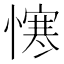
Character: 𢢈